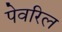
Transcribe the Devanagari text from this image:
पेवरिल